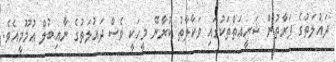
ދައުލަތުގެ ފަރާތުން ޝަރީޢަތްތަކުގައި ވަކާލާތު ކުރާނޭ މީހަކީ ވެސް ދައުލަތުގެ ނާއިބުލް ޢުމޫމީއެވެ.